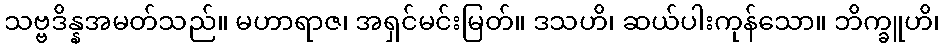
သဗ္ဗဒိန္နအမတ်သည်။ မဟာရာဇ၊ အရှင်မင်းမြတ်။ ဒသဟိ၊ ဆယ်ပါးကုန်သော။ ဘိက္ခူဟိ၊